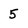
Character: 5